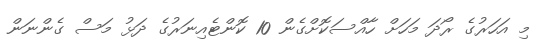
މި އަހަރުގެ ރޯދަ މަހަށް ހާއްސަކޮށްގެން 10 ކޮންޓެއިނަރުގެ ދަޅު މަސް ގެންނަން